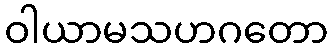
ဝါယာမသဟဂတော